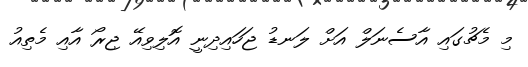
މި މެޗުގައި އާސެނަލް އަށް ލަނޑު ޖަހަައިދިނީ އޮލިވިއޭ ޖިރޯ އާއި މެތިއު